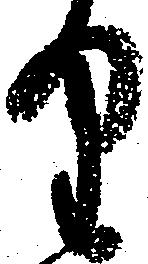
り